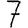
Digit: 7